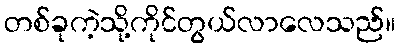
တစ်ခုကဲ့သို့ကိုင်တွယ်လာလေသည်။